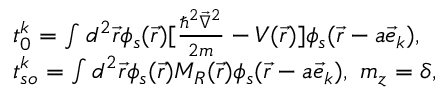
\begin{array} { r l } & { t _ { 0 } ^ { k } = \int d ^ { 2 } \vec { r } \phi _ { s } ( \vec { r } ) [ \frac { \hbar ^ { 2 } \vec { \nabla } ^ { 2 } } { 2 m } - V ( \vec { r } ) ] \phi _ { s } ( \vec { r } - a \vec { e } _ { k } ) , } \\ & { t _ { s o } ^ { k } = \int d ^ { 2 } \vec { r } \phi _ { s } ( \vec { r } ) M _ { R } ( \vec { r } ) \phi _ { s } ( \vec { r } - a \vec { e } _ { k } ) , \ m _ { z } = \delta , } \end{array}